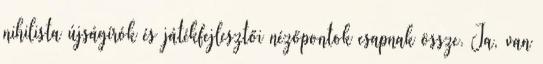
nihilista újságírók és játékfejlesztői nézőpontok csapnak össze. Ja, van